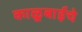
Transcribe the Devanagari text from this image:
काळूबाईचे